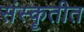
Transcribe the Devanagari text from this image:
संस्कॄतीत